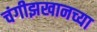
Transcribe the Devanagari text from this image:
चंगीझखानच्या